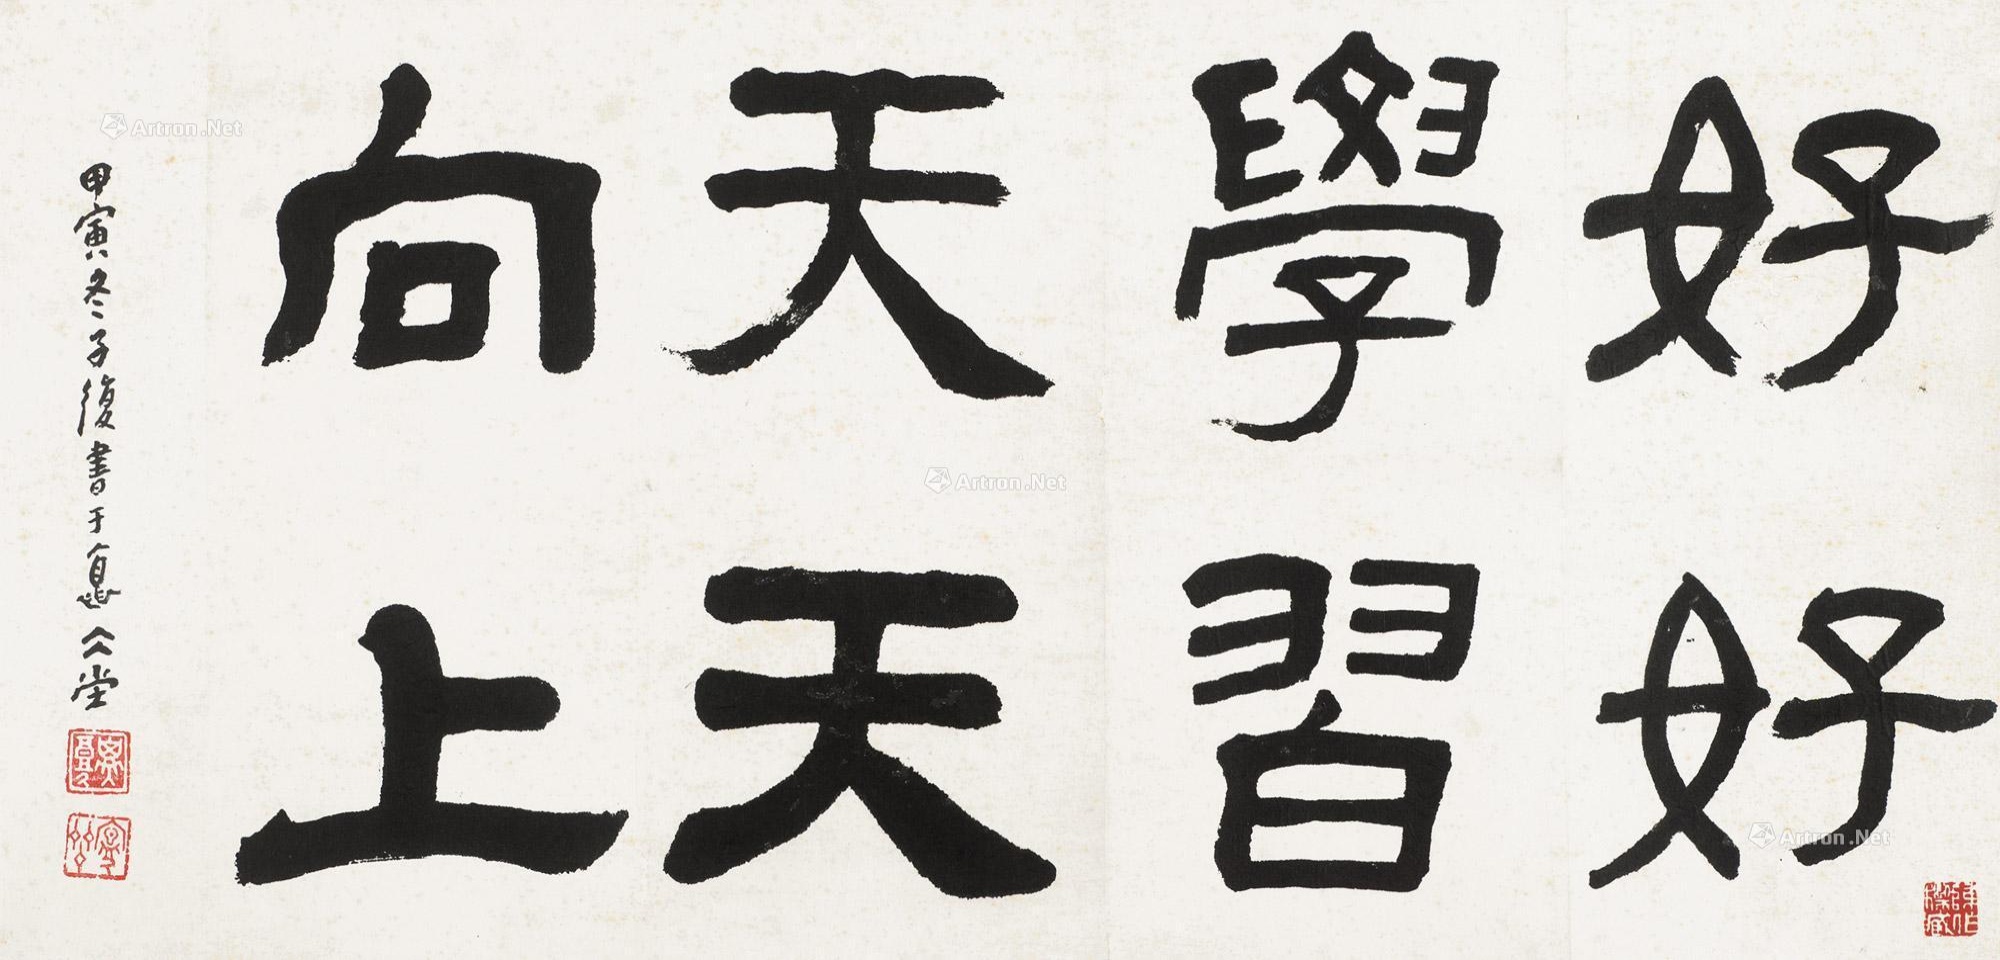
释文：好好学习，天天向上。甲寅冬，子复书于怀冰堂。